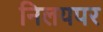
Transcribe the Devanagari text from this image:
निलयपर